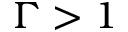
\Gamma > 1